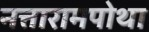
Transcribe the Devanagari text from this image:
नत्तारामपोथा